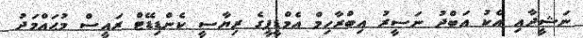
ނަޝީދާއި އެކު އަބްދު ނަސީރު އިބްރާހިމް އެމްޑީޕީގެ ރިޔާސީ ކެންޑިޑޭޓް ރައީސް މުޙައްމަދު